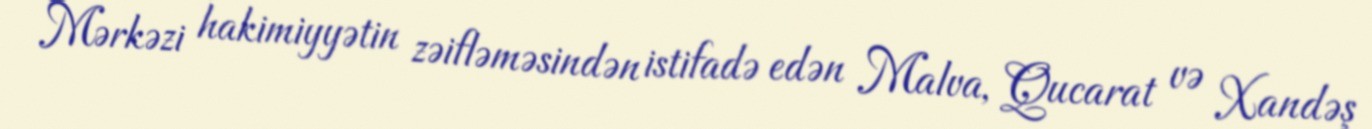
Mərkəzi hakimiyyətin zəifləməsindən istifadə edən Malva, Qucarat və Xandəş